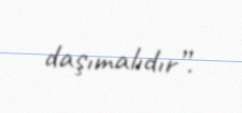
daşımalıdır”.